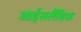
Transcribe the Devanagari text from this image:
आईसलैंडिक